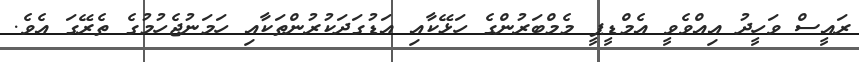
ރައީސް ވަހީދު އިއްވެވީ އެމްޑީޕީ މެމްބަރުންގެ ހަޅޭކާއި އަޑުގަދަކުރުންތަކާއި ހަމަނުޖެހުމުގެ ތެރޭގަ އެވެ.